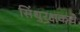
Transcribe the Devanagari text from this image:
सिंधुरक्षकचे